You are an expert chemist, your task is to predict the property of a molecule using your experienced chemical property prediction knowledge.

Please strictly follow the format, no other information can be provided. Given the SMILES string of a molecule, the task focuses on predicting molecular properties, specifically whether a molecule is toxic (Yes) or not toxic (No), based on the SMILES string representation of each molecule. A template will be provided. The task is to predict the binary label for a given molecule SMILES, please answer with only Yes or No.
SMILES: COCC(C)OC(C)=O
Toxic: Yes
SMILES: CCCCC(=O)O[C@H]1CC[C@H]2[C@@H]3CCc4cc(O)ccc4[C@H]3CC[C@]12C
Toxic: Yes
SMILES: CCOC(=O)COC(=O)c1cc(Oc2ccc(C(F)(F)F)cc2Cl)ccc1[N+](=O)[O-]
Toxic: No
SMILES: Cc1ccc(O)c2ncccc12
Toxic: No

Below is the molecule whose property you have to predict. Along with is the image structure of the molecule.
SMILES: COc1ccccc1OCC(O)CO
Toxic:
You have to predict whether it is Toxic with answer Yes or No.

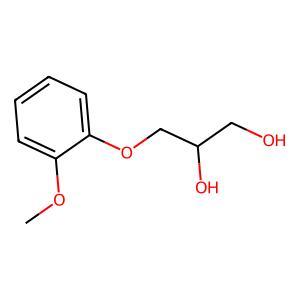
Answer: No